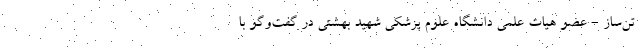
تن‌ساز - عضو هیات علمی دانشگاه علوم پزشکی شهید بهشتی در گفت‌وگو با